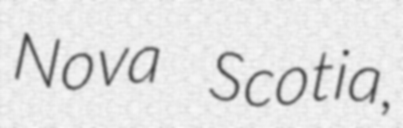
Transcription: Nova Scotia,